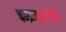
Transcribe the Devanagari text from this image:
चन्द्रनारायण